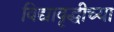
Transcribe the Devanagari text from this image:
विद्यावृद्धीच्या